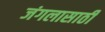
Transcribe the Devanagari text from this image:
जंगलासाठी